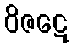
ဝိဇဋေ